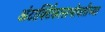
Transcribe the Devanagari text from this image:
अंटार्क्टिकासभोवतीच्या